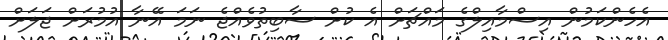
އެހެންކަމުން އިސްމާއިލްގެ މައްޗަށް އެ ކުށް ސާބިތުވެއްޖެ ނަމަ އޭނާ އުމުރަށް ޖަލަށް